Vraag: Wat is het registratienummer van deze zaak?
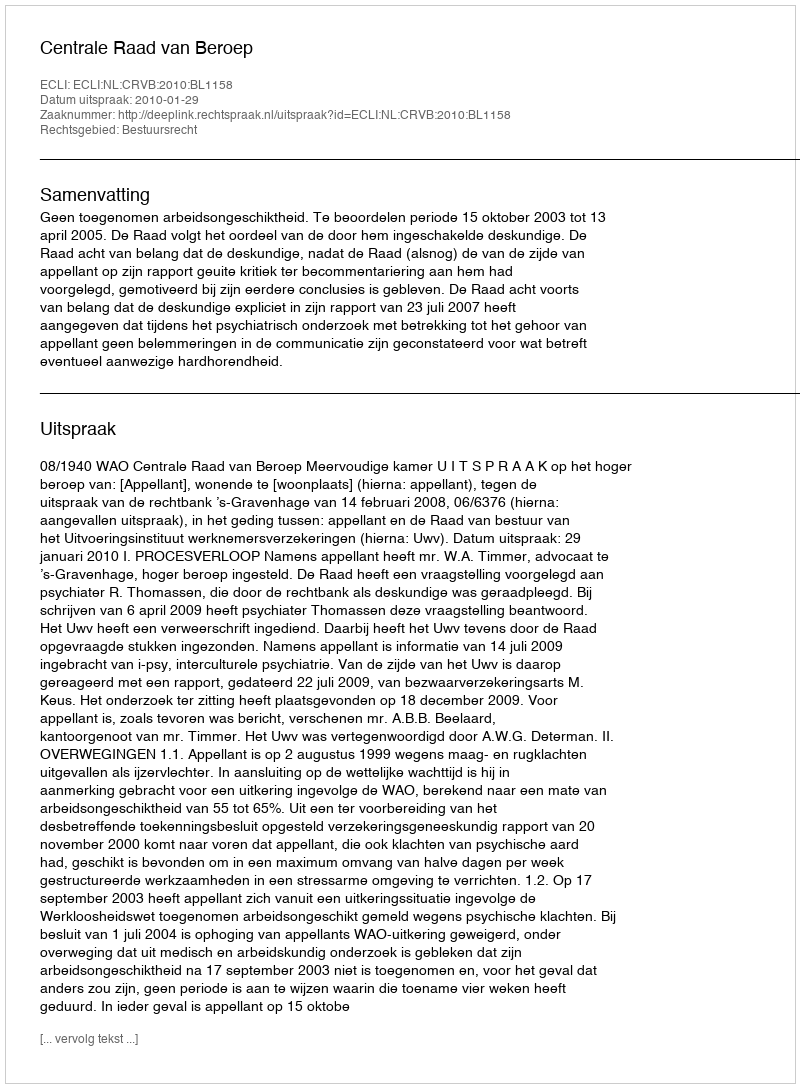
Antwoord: http://deeplink.rechtspraak.nl/uitspraak?id=ECLI:NL:CRVB:2010:BL1158